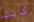
كانك